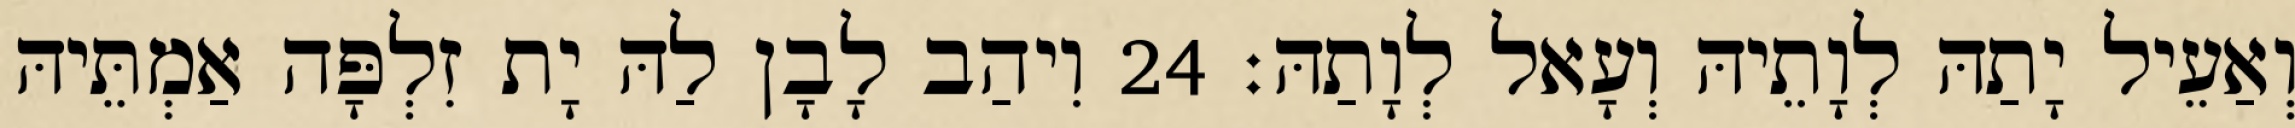
וְאַעֵיל יָתַהּ לְוָתֵיהּ וְעָאל לְוָתַהּ׃ 24 וִיהַב לָבָן לַהּ יָת זִלְפָּה אַמְתֵּיהּ